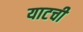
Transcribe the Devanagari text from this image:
याटची